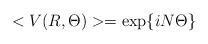
LaTeX: \begin{align*}<V(R,\Theta)>=\exp\{iN\Theta\}\end{align*}